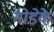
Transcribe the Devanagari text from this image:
गोडेके